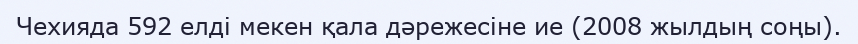
Чехияда 592 елді мекен қала дәрежесіне ие (2008 жылдың соңы).